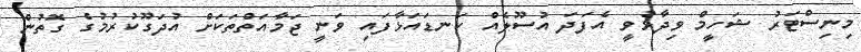
މިނިސްޓަރު ޝަހީމް ވިދާޅުވީ އެފަދަ އުސޫލެއް ކަނޑައަޅާފައި ވަނީ ޖަމާއަތްތަކަށް އުދަގޫކުރުމުގެ ގޮތުން